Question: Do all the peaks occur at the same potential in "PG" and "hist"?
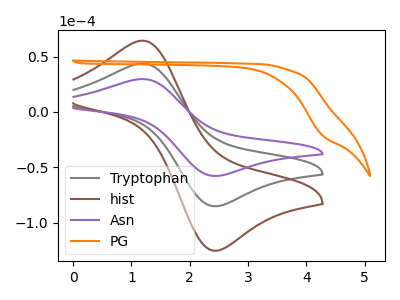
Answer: <think>The gray curve "Tryptophan" has an anodic peak at (1.15V, 43.65uA) and a cathodic peak at (2.45V, -85.05uA). The brown curve "hist" has an anodic peak at (1.15V, 87.35uA) and a cathodic peak at (2.45V, -170.15uA). The purple curve "Asn" has an anodic peak at (1.15V, 29.65uA) and a cathodic peak at (2.45V, -57.80uA). The orange curve "PG" has no peaks.</think>
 <answer>No, "PG" and "hist" have a different number of peaks.</answer>
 <eval>different_amount</eval>